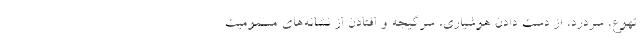
تهوع، سردرد، از دست دادن هوشیاری، سرگیجه و افتادن از نشانه‌های مسمومیت